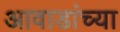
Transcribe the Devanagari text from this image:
आवाडांच्या